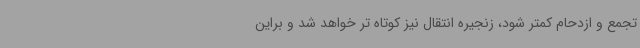
تجمع و ازدحام کمتر شود، زنجیره انتقال نیز کوتاه تر خواهد شد و براین